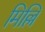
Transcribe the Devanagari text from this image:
मिल्लि